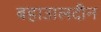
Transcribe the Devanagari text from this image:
बहाउालदीन